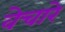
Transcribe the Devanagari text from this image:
वेचारे